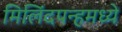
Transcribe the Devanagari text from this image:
मिलिंदपन्हमध्ये